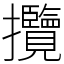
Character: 攬